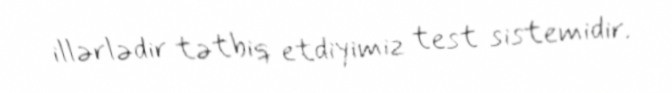
illərlədir tətbiq etdiyimiz test sistemidir.